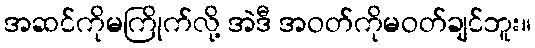
အဆင်ကိုမကြိုက်လို့ အဲဒီ အဝတ်ကိုမဝတ်ချင်ဘူး။